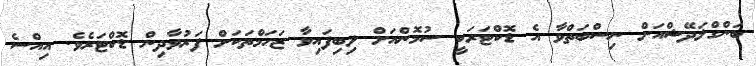
ބަންގްލަދޭޝްއަށް ނިސްބަތްވާ އެ ޑޮކްޓަރަކީ ސުމޮންއަށް ލިބިފައިވާ ޒަހަމްތަކަށް ފަރުވާދިން ޑޮކްޓަރެވެ. އިއްސެ